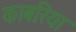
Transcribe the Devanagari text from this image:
काबरिया